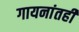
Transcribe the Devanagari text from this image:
गायनांतही